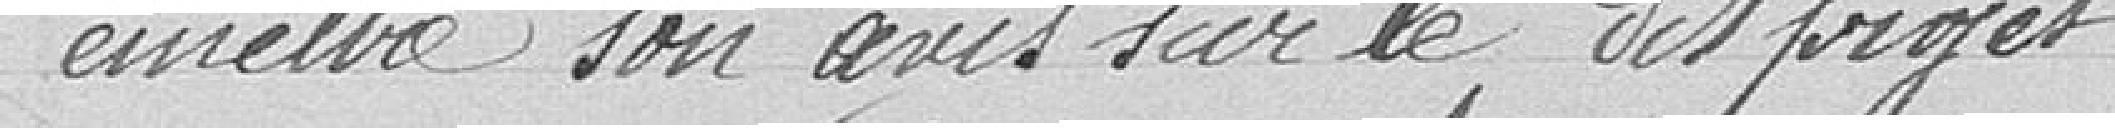
émettre son avis sur le dit projet.